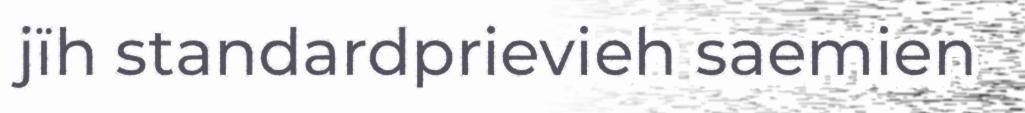
jïh standardprievieh saemien